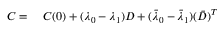
\begin{array} { r l } { C = } & { { } ~ C ( 0 ) + ( \lambda _ { 0 } - \lambda _ { 1 } ) D + ( \bar { \lambda } _ { 0 } - \bar { \lambda } _ { 1 } ) ( \bar { D } ) ^ { T } } \end{array}